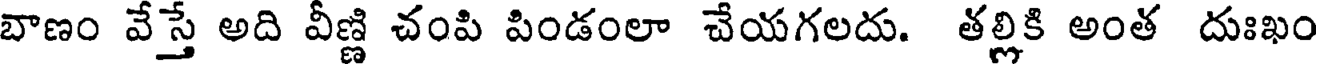
బాణం వేస్తే అది వీణ్ణి చంపి పిండంలా చేయగలదు. తల్లికి అంత దుఃఖం